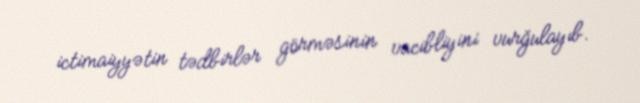
ictimaiyyətin tədbirlər görməsinin vacibliyini vurğulayıb.